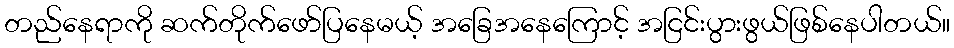
တည်နေရာကို ဆက်တိုက်ဖော်ပြနေမယ့် အခြေအနေကြောင့် အငြင်းပွားဖွယ်ဖြစ်နေပါတယ်။